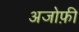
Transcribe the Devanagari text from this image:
अजोफ़ी